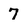
Character: 7